Annual report of the Civil Veterinary Department, Bengal, for the year 1896-97 - 1896-1897
Year: 1896
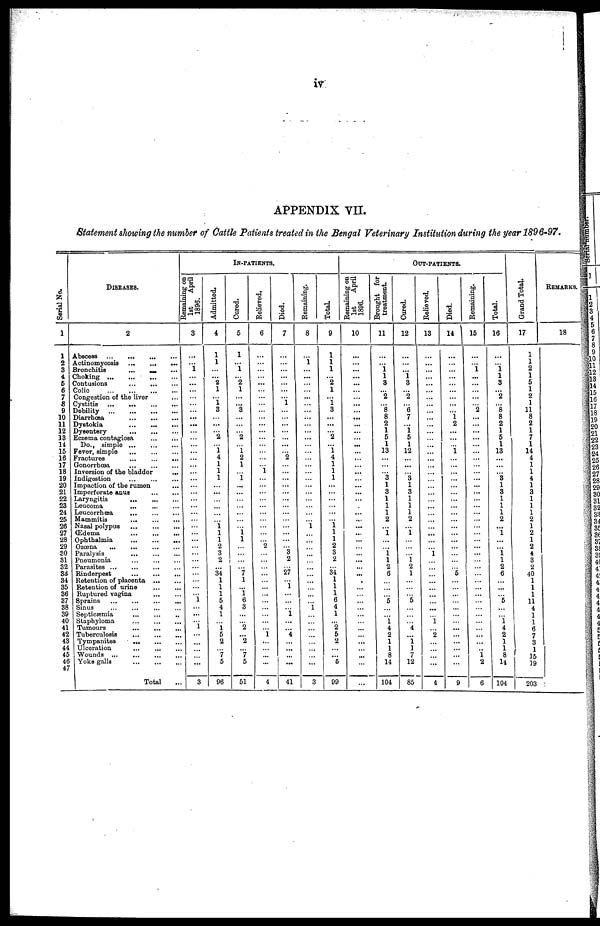
iv
APPENDIX VII.
Statement showing the number of Cattle Patients treated in the Bengal Veterinary Institution during the year 1896-97.
Serial No.
1
1
2
3
4
5
6
7
8
9
10
11
12
13
14
15
16
17
18
19
20
21
22
23
24
25
26
27
28
29
30
31
32
33
34
35
36
37
38
39
40
41
42
43
44
45
46
47
DISEASES.
2
Abscess
...
...
...
...
Actinomycosis
... ... ...
Bronchitis
... ... ...
Choking ... ... ... ...
Contusions ... ... ...
Colic
...
...
...
...
Congestion of the liver ...
Cystitis
...
...
...
...
Debility
...
...
...
...
Diarrhœa
...
...
...
Dystokia ... ... ...
Dysentery ... ... ...
Eczema contagiosa
...
...
Do., simple
...
...
...
Fever, simple ... ... ...
Fractures ... ... ...
Gonorrhœa
...
...
...
Inversion of the bladder ...
Indigestion ... ... ...
Impaction of the rumen ...
Imperforate anus
...
...
Laryngitis
...
...
...
Leucoma
...
...
...
Loucorrhœa ... ... ...
Mammitis ... ... ...
Nasal polypus
...
...
...
(Edema ... ... ...
Ophthalmia
...
...
...
Ozœna
...
...
...
...
Paralysis ... ... ...
Pneumonia ... ... ...
Parasites ...
Rinderpest
...
...
...
Rotention of placenta
...
...
Retention of urine
...
...
Ruptured vagina
...
...
Sprains
...
...
...
...
Sinus ... ... ... ...
Septicæmia
...
...
...
Staphyloma ... ... ...
Tumours
Tuberculosis
...
...
...
Tympanites
... ... ...
Ulceration ... ... ...
Wounds ... ... ...
Yoke galls
...
...
...
Total ...
IN-PATIENTS.
Remaining on
1st
April
1896.
3
...
...
1
...
...
...
...
... ...
...
...
...
...
...
...
...
...
...
...
...
...
...
...
...
...
1
...
1
3
Admitted.
4
1
1
...
... 2
1
1
3
...
...
... 2
...
i 4
1
1
1
...
...
... ...
...
...
1 1
1
2 3
i 2
34
1
1
1
5
4
1
1
5
2
7
5
96
Cured.
5
1
...
1
... 2
1
...
3
...
...
... 2
...
1 2
1
...
1
...
...
...
...
...
...
i
1
...
...
...
7
1
"i 6
3
...
... 2
2
7
5
51
Relieved.
6
...
...
...
...
...
...
...
...
...
...
...
...
...
...
...
...
i
...
...
...
...
...
...
...
...
...
...
2
...
...
...
...
...
...
...
...
...
...
...
... 1
...
...
...
...
4
Died.
7
...
...
...
...
...
...
1
...
...
...
...
...
...
... 2
...
...
...
...
...
...
...
...
...
...
...
...
... 3
2
...
27
... 1
...
...
...
1
...
... 4
...
... ...
...
41
Remaining.
8
...
1
...
...
...
...
......
...
...
...
...
...
...
...
...
...
...
...
...
...
...
...
...
...
1
...
...
...
...
...
...
...
...
...
...
... 1
...
...
...
...
...
...
...
...
3
Total.
9
1
1
1
... 2
1
1
3
...
...
... 2
...
"i 4
1
1
1
...
...
...
...
...
...
1 1
1
2
3
2
... 34
1
1
1
6
4
1
... 2
5
2
...
...
5
99
OUT-PATIENTS.
Remaining on
1st
April
1896.
10
...
...
...
...
...
...
...
...
...
...
...
... ...
...
...
... ...
... ...
...
...
... ...
...
...
...
...
... ...
...
...
...
...
...
...
... ...
...
... ...
...
...
...
...
...
...
Brought for
treatment.
11
...
...
1 1
3
... 2
8
8
2
1
5
1
13
...
...
... 3
1
3
1
1
1
2
...
1
...
... 1 1
2
6
...
...
5
...
...
1 4
2
1
1
8
14
104
Cured.
12
...
...
... 1
3
... 2
6 7
...
1
5
1
12
...
...
... 3
1
3
1
1
1
2
...
1
...
...
...
1 2
1
...
...
...
5
...
...
... 4
...
1 1
7
12
85
Relieved.
13
...
...
...
...
...
...
...
...
...
...
...
... ...
...
...
...
...
...
...
...
...
...
...
...
...
...
...
... 1
...
...
...
...
...
...
... ...
...
1
2
...
...
...
...
4
Died.
14
...
...
...
...
...
...
...
...
1 2
...
...
...
1
...
...
...
...
...
...
...
...
...
...
...
...
...
...
...
...
... 5
...
...
...
...
...
...
...
...
...
...
...
...
...
9
Remaining.
15
...
...
1
...
...
...
...
2
...
...
...
...
...
...
...
...
...
...
...
...
...
...
...
...
...
...
...
......
....
...
......
...
...
...
...
...
...
...
...
...
...
... 1 2
6
Total.
16
...
...
1
1
3
... 2
8
8
2
1
5
1
13
...
...
... 3
1
3
1
1
1
2
...
1
...
... 1
1
2
6
"5
...
1
4
2
1
1
8
14
104
Grand Total.
17
1
1
2
1
5
1
2
1
11
8
2
1
7
1 1
14
4
1
1
4
1
3
1
1
1
2
1
2
1
2
4
3
2
40
1
1
1
11
4
1
1
6
7
3
1
15
19
203
REMARKS.
18